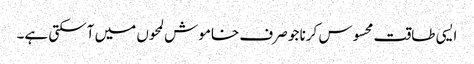
ایسی طاقت محسوس کرنا جو صرف خاموش لمحوں میں آسکتی ہے۔